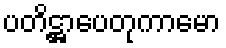
ပတိဋ္ဌာပေတုကာမော